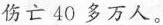
伤亡40多万人。